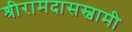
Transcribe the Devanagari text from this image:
श्रीरामदासस्वामी